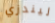
ليندزي